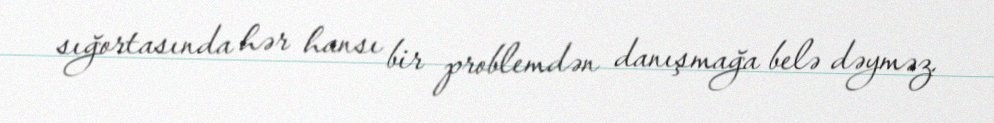
sığortasında hər hansı bir problemdən danışmağa belə dəyməz.